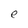
Character: e